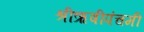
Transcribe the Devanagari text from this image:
श्रीऋषीपंचमी